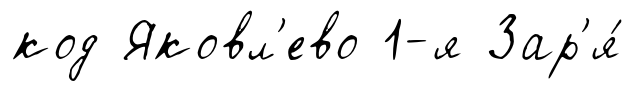
код Яковл'ево 1-я Зар'я́